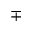
\mp